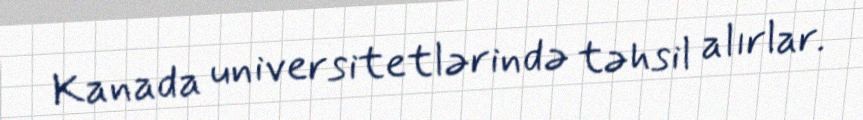
Kanada universitetlərində təhsil alırlar.